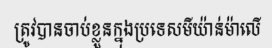
ត្រូវបានចាប់ខ្លួនក្នុងប្រទេសមីយ៉ាន់ម៉ាលើ